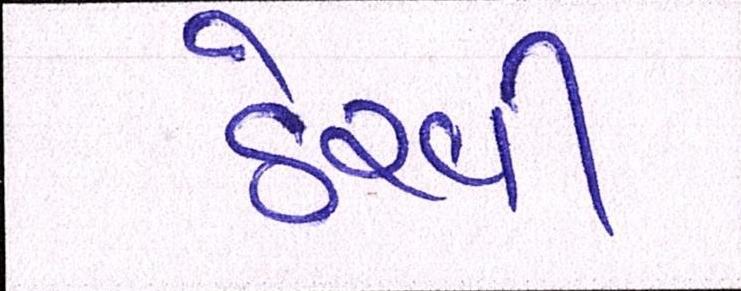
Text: ઠેરવી